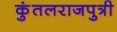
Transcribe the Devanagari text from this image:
कुंतलराजपुत्री